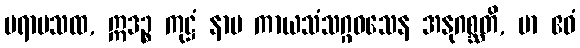
ပရာမသထ, ဣဒဉ္စ ကုဋ္ဌံ နာမ ကာယသံသဂ္ဂဝသေန အနုဂစ္ဆတိ, မာ ဧဝံ